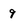
Character: 9